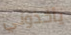
يأخذوني